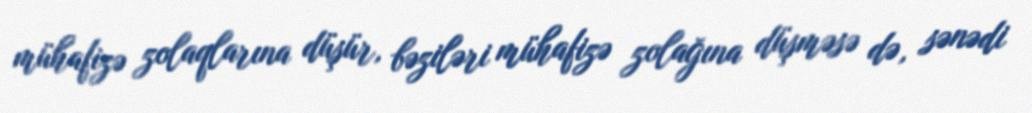
mühafizə zolaqlarına düşür, bəziləri mühafizə zolağına düşməsə də, sənədi